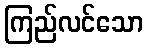
ကြည်လင်သော